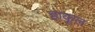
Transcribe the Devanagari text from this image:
हाकूल